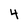
Character: 4